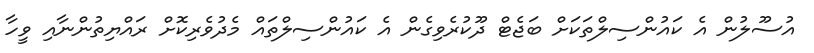
އުސޫލުން އެ ކައުންސިލްތަކަށް ބަޖެޓް ދޫކުރެވިގެން އެ ކައުންސިލްތައް މެދުވެރިކޮށް ރައްޔިތުންނާއި ވީހާ